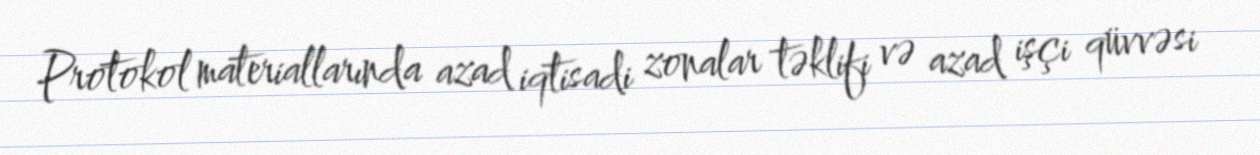
Protokol materiallarında azad iqtisadi zonalar təklifi və azad işçi qüvvəsi